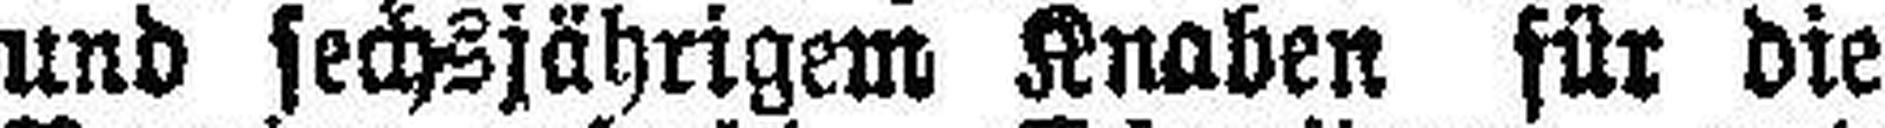
und sechsjährigem Knaben für die